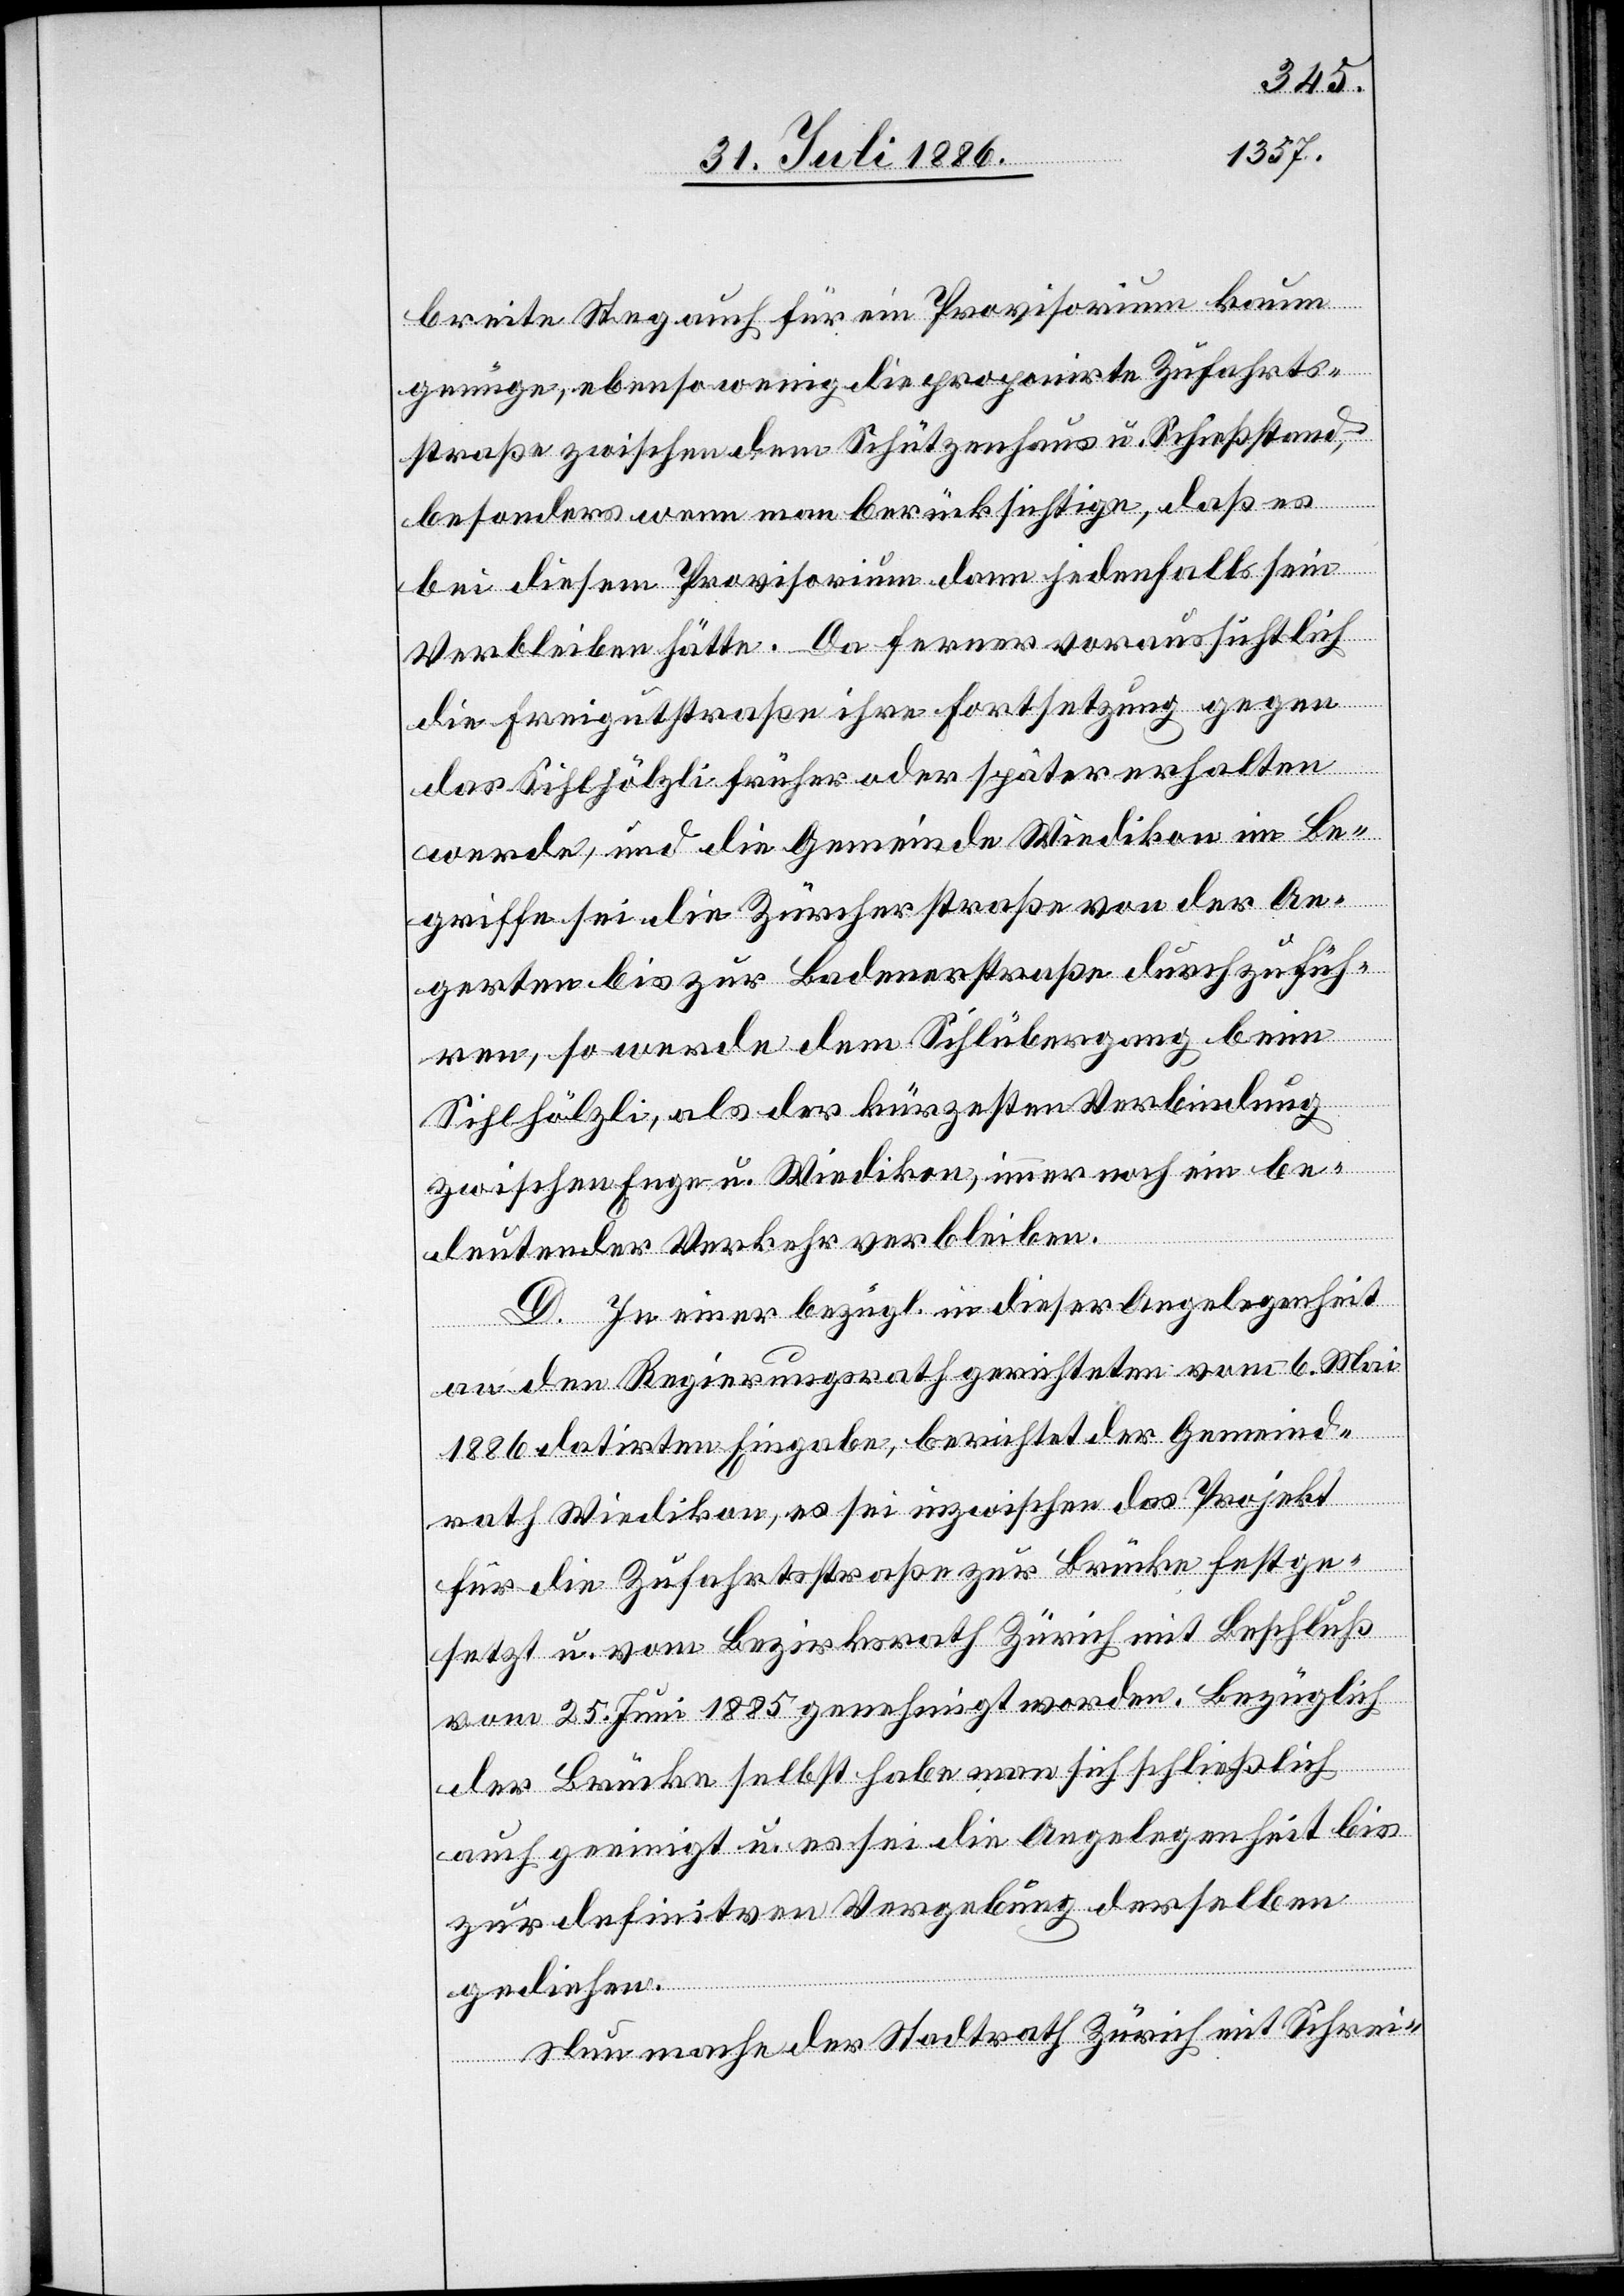
breite Steg auch für ein Provisorium kaum
genüge, ebenso wenig die proponirte Zufahrts¬
straße zwischen dem Schützenhaus u. Schießstand,
besonders wenn man berücksichtige, daß es
bei diesem Provisorium dann jedenfalls sein
Verbleiben hätte. Da ferner voraussichtlich
die Freigutstraße ihre Fortsetzung gegen
das Sihlhölzli früher oder später erhalten
werde, und die Gemeinde Wiedikon im Be¬
griffe sei die Zürcherstraße von der Ae¬
gerten[-] bis zur Badenerstraße durchzufüh¬
ren, so werde dem Sihlübergang beim
Sihlhölzli, als der kürzesten Verbindung
zwischen Enge u. Wiedikon, immer noch ein be¬
deutender Verkehr verbleiben.
D. In einer bezügl. in dieser Angelegenheit
an den Regierungsrath gerichteten vom 6. Mai
1886 datirten Eingabe, berichtet der Gemeind¬
rath Wiedikon, es sei inzwischen das Projekt
für die Zufahrtsstraße zur Brücke festge¬
setzt u. vom Bezirksrath Zürich mit Beschluß
vom 25. Juni 1885 genehmigt worden. Bezüglich
der Brücke selbst habe man sich schließlich
auch geeinigt u. es sei die Angelegenheit bis
zur definitiven Vergebung derselben
gediehen.
Nun mache der Stadtrath Zürich mit Schrei-